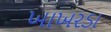
ખાખરડા